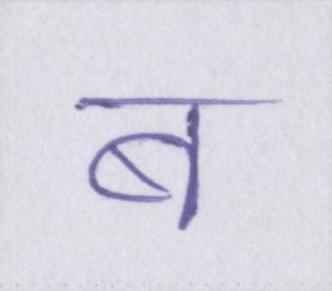
ब